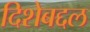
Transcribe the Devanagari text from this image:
दिशेबद्दल